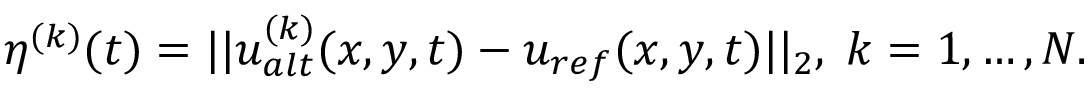
\eta ^ { ( k ) } ( t ) = | | u _ { a l t } ^ { ( k ) } ( x , y , t ) - u _ { r e f } ( x , y , t ) | | _ { 2 } , \; k = 1 , \dots , N .